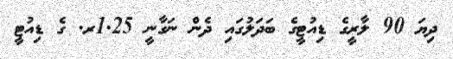
ދިޔަ 90 ލާރީގެ ޑިއުޓީގެ ބަދަލުގައި ދެން ނަގާނީ 1.25ރ. ގެ ޑިއުޓީ